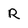
Character: R